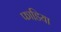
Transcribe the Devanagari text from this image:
फाडि़या